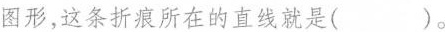
图形，这条折痕所在的直线就是()。